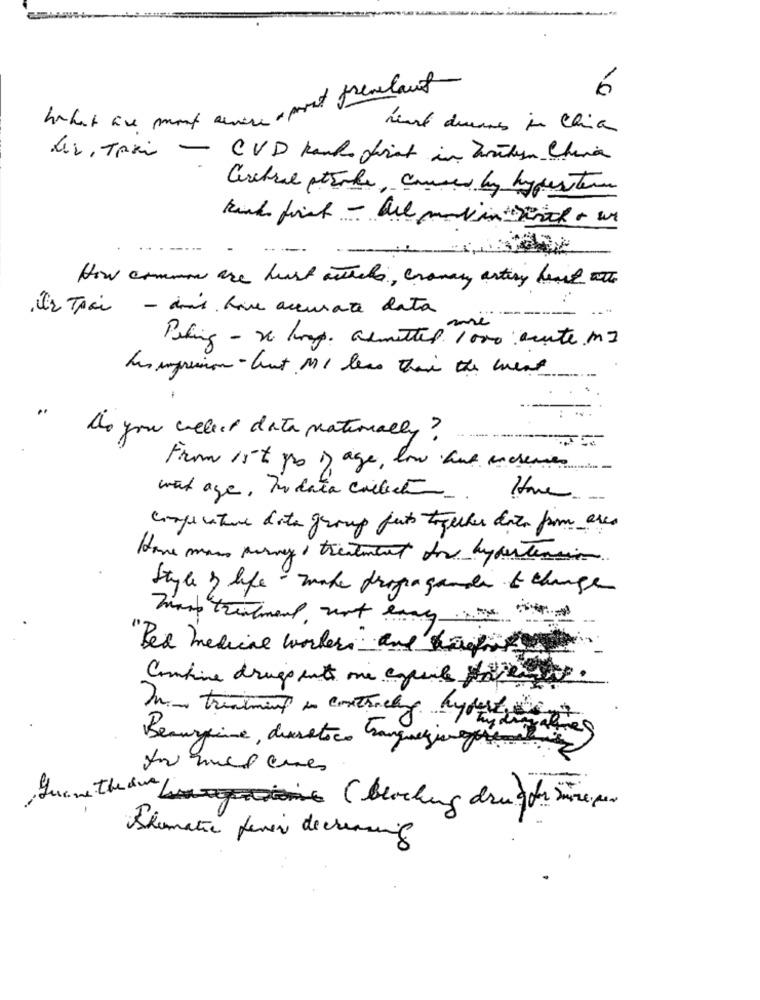
6
What are mont any a post fremelant
weird duras in Chia
Av, Taxi - CVD kank first in houten China
Cerebral stroke, caused by hyper ten
How common are hust actuels, Granay arting heart out
2 Trai - dias have accurate data
Peking - x ling. almettes 1000 acute m2
husmpresion- but MI less than the meat.
..
Do you welect data nationally ?
From 1st po o age, low aut increases
wat age, In data collect
Compenature dota group fets together data from area
Home man army , treatment for hypertension
Style & life - make propaganda to change
"Bed medical workers and slag
Combine drugs ents one aquile ffe
In treatment in contrachy hyperten
Beauraine, diuretics banquegiungere
June them ( blocking drugs süre per
Schematic fever decreasing